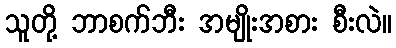
သူတို့ ဘာစက်ဘီး အမျိုးအစား စီးလဲ။